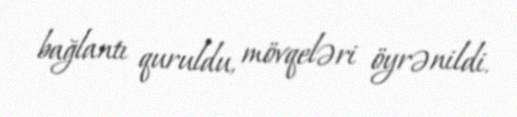
bağlantı quruldu, mövqeləri öyrənildi.